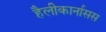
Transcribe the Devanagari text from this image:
हैलीकार्नासस